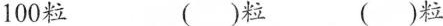
100粒 ( )粒 ( )粒